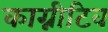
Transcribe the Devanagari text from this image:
काग्नीटिव